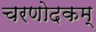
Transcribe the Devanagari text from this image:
चरणोदकम्